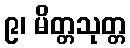
၉၊ မိတ္တသုတ္တ